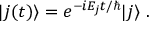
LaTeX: | j ( t ) \rangle = e ^ { - i E _ { j } t / \hbar } | j \rangle ~ .